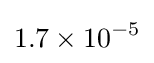
1.7\times 10^{-5}